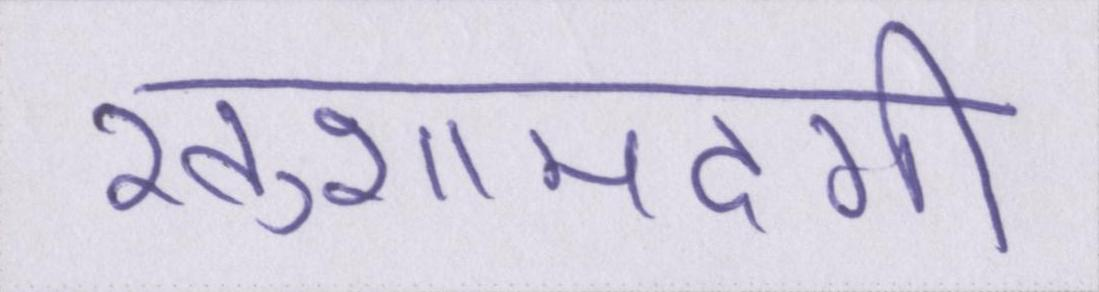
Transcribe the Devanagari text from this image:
खुशामदगी